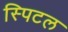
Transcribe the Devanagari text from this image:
स्पिटल